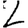
Digit: 2